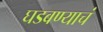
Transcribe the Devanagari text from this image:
घडवण्याचं